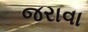
જરાવા